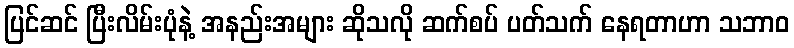
ပြင်ဆင် ပြီးလိမ်းပုံနဲ့ အနည်းအများ ဆိုသလို ဆက်စပ် ပတ်သက် နေရတာဟာ သဘာဝ